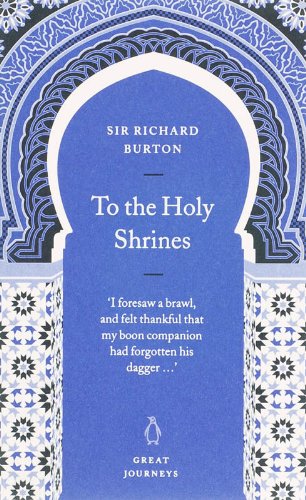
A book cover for To the Holy Shrines (Penguin Great Journeys); Richard Burton; Travel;